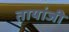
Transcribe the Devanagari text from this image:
तायांजी